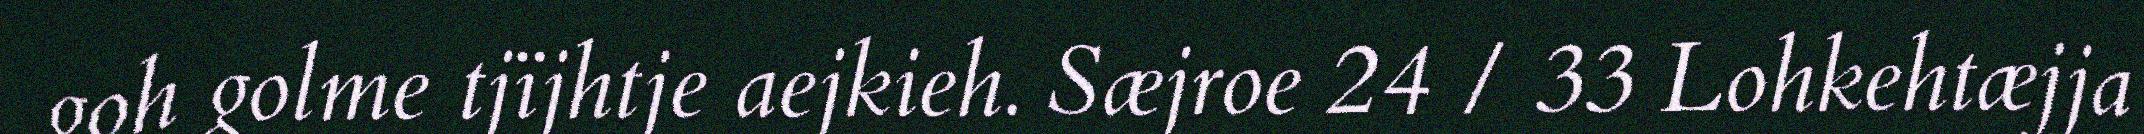
goh golme tjïjhtje aejkieh. Sæjroe 24 / 33 Lohkehtæjja